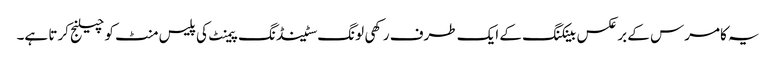
یہ کامرس کے بر عکس بینکنگ کے ایک طرف رکھی لونگ سٹینڈنگ پیمنٹ کی پلیس منٹ کو چیلنج کرتا ہے۔